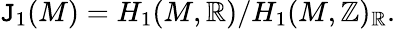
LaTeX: \mathtt{J}_{1}(M)=H_{1}(M,\mathbb{{R}})/H_{1}(M,\mathbb{{Z}})_{\mathbb{{R}}}.